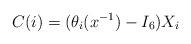
LaTeX: \begin{align*} C(i)=(\theta_i(x^{-1})-I_6)X_i\end{align*}